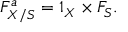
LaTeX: F _ { X / S } ^ { a } = 1 _ { X } \times F _ { S } .